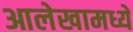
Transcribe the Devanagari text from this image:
आलेखामध्ये